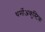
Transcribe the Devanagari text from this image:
थर्मोअकुस्टिक